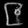
Digit: ၉